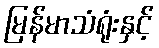
မြန်မာသံရုံးနှင့်